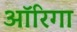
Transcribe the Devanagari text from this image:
ऑरिगा